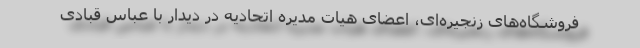
فروشگاه‌های زنجیره‌ای، اعضای هیات مدیره اتحادیه در دیدار با عباس قبادی